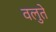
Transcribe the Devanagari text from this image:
वलुते